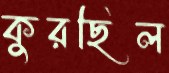
কুরছিল